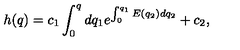
h ( q ) = c _ { 1 } \int _ { 0 } ^ { q } d q _ { 1 } e ^ { \int _ { 0 } ^ { q _ { 1 } } E ( q _ { 2 } ) d q _ { 2 } } + c _ { 2 } ,